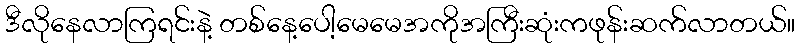
ဒီလိုနေလာကြရင်းနဲ့ တစ်နေ့ပေါ့မေမေအကိုအကြီးဆုံးကဖုန်းဆက်လာတယ်။